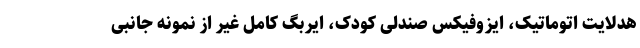
هدلایت اتوماتیک، ایزوفیکس صندلی کودک، ایربگ کامل غیر از نمونه جانبی